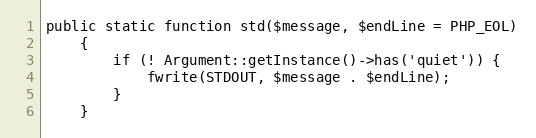
Language: PHP
public static function std($message, $endLine = PHP_EOL)
    {
        if (! Argument::getInstance()->has('quiet')) {
            fwrite(STDOUT, $message . $endLine);
        }
    }